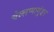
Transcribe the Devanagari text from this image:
चेल्लप्पागुंडर